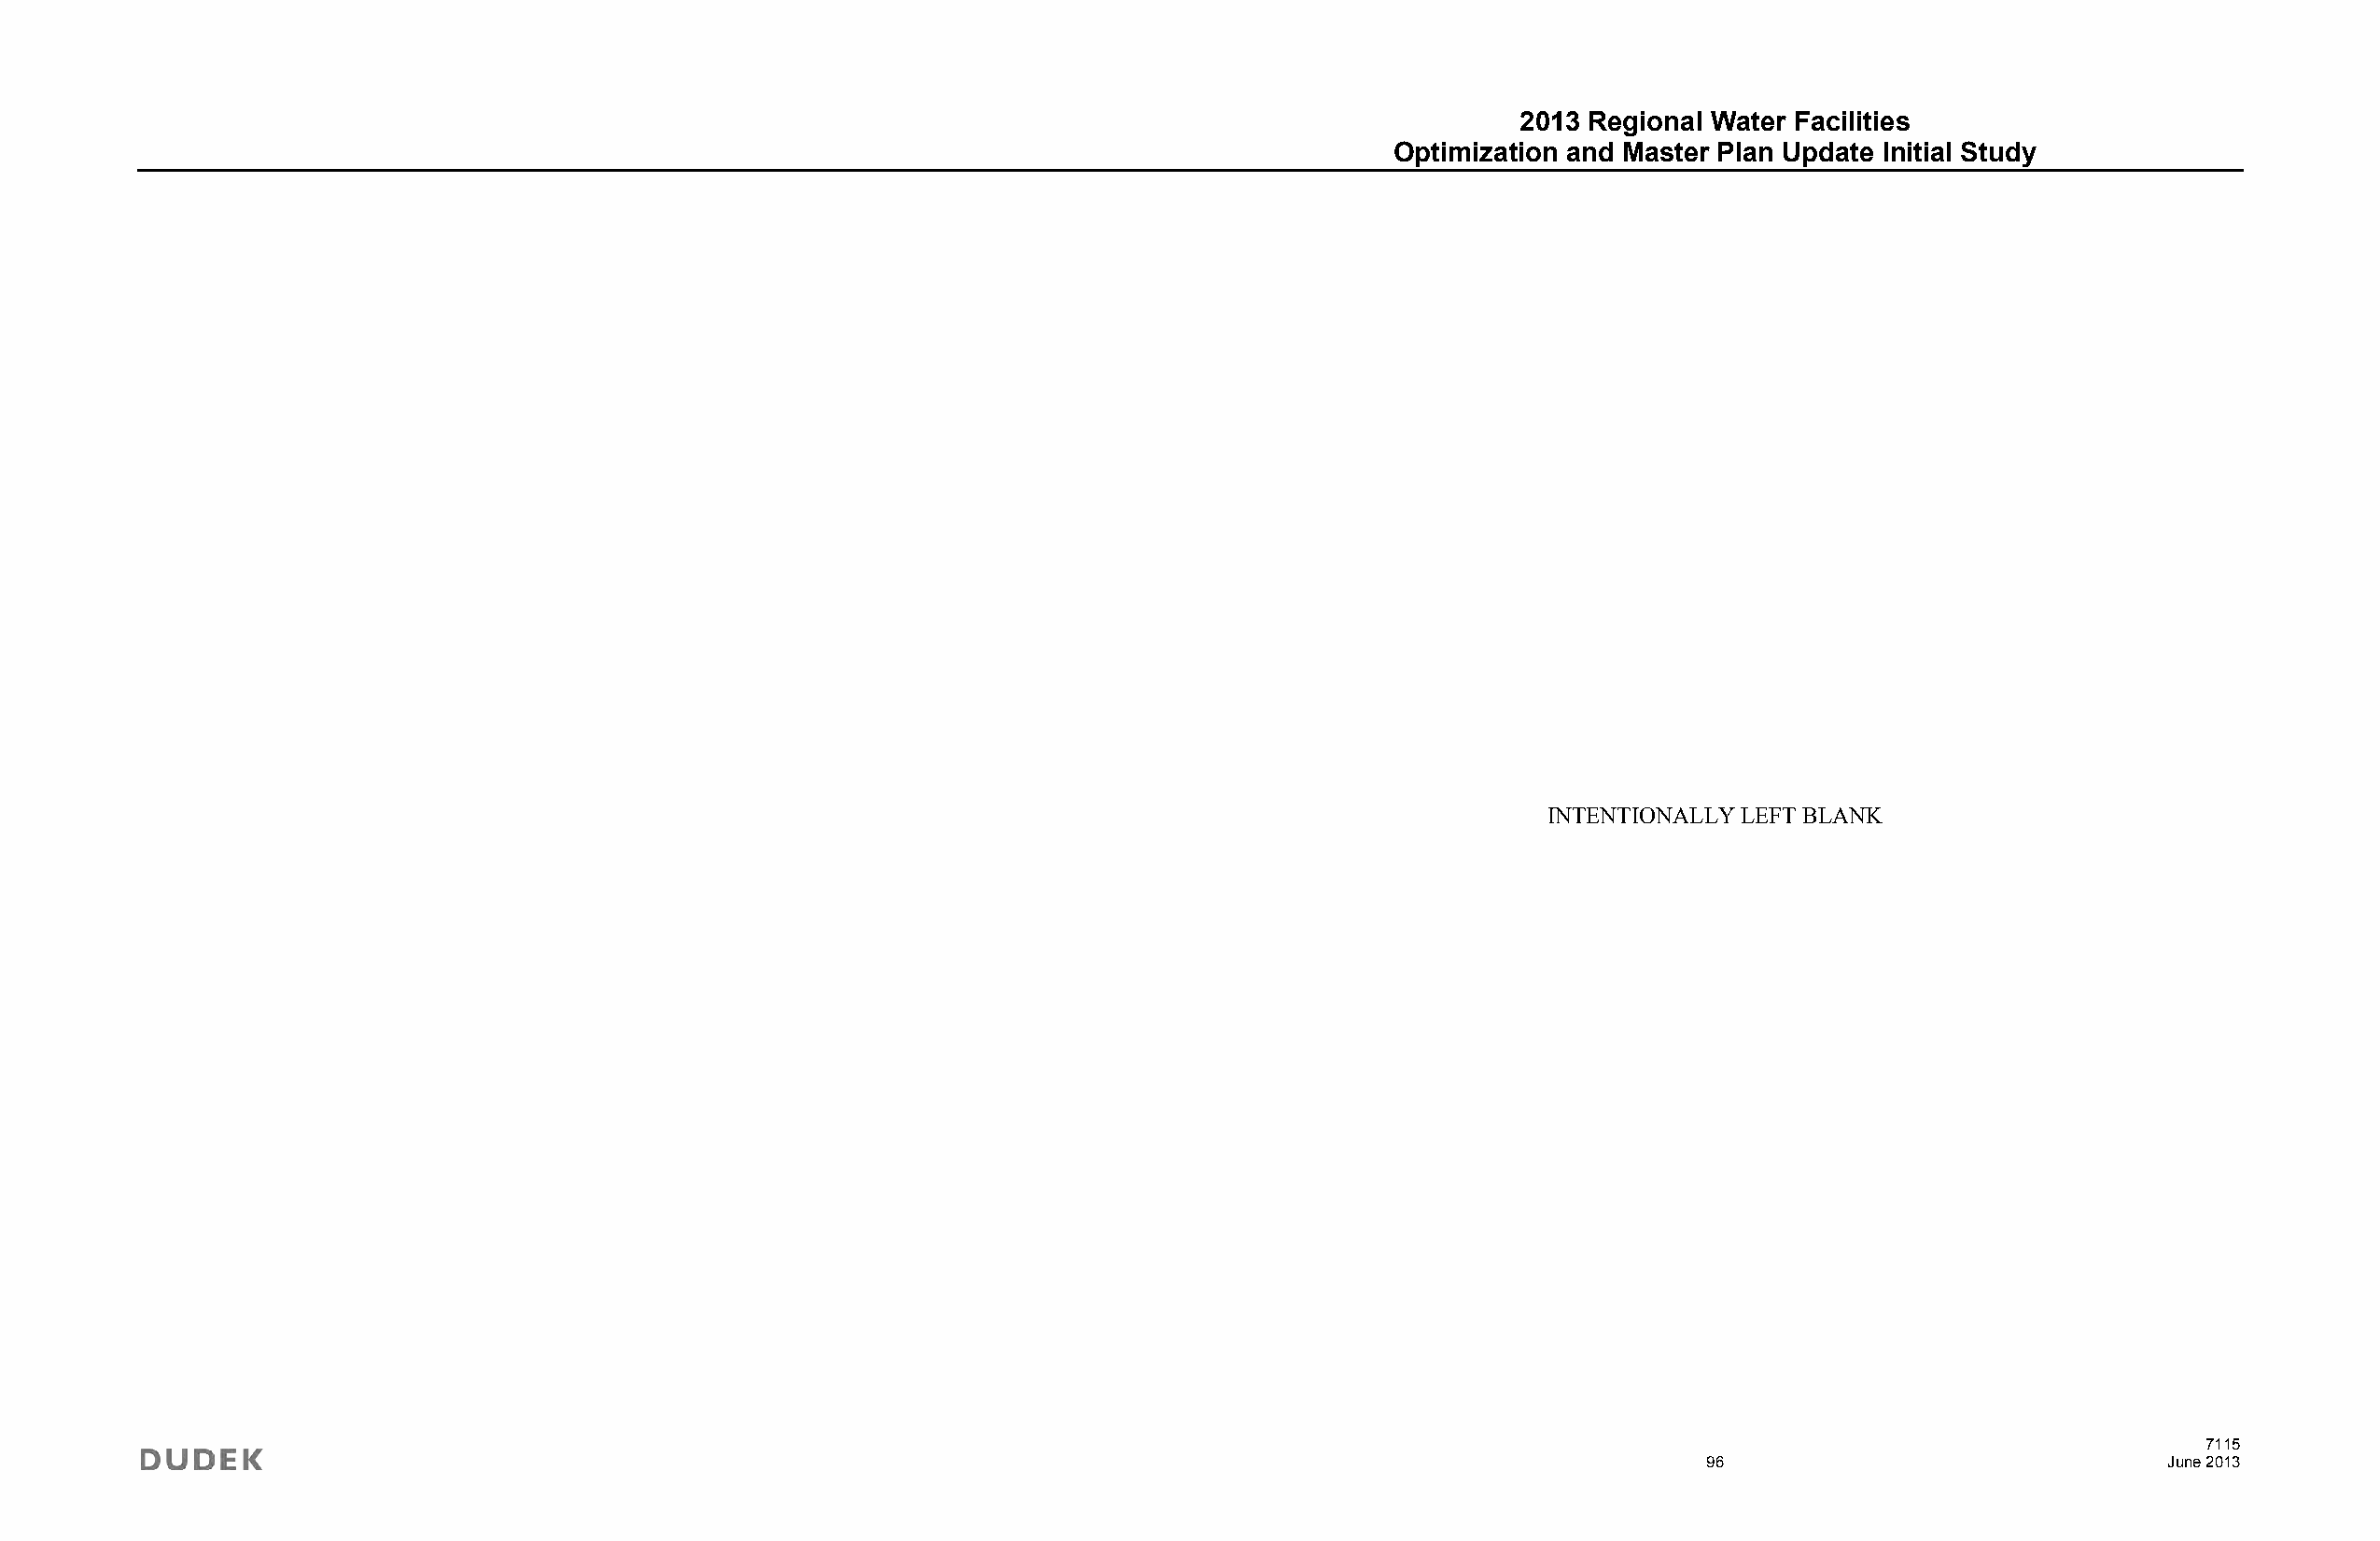
2013 Regional Water Facilities
 Optimization and Master Plan Update Initial Study
 INTENTIONALLY LEFT BLANK
 7115
 96                               June 2013